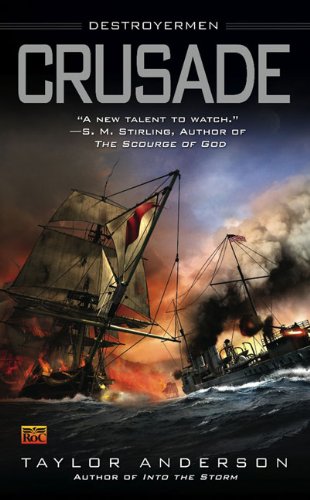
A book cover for Crusade (Destroyermen); Taylor Anderson; Literature & Fiction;